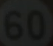
60